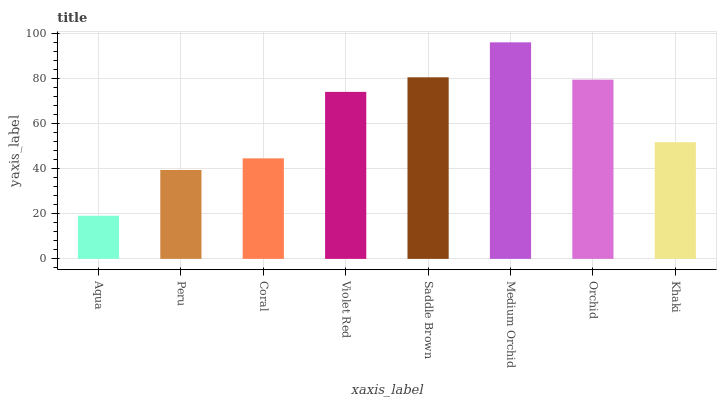
| xaxis_label | bars |
 | --- | --- |
 | Aqua | 19.1 |
 | Peru | 39.4 |
 | Coral | 44.6 |
 | Violet Red | 74.1 |
 | Saddle Brown | 80.6 |
 | Medium Orchid | 96.1 |
 | Orchid | 79.5 |
 | Khaki | 51.8 |